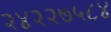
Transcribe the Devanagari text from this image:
२४२२७५८४